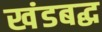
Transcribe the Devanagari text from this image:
खंडबद्ध